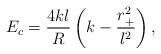
LaTeX: \begin{align*}E_c= \frac{4kl}{R}\left (k-\frac{r_+^2}{l^2} \right),\end{align*}